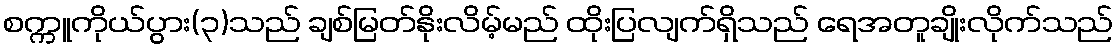
စက္ကူကိုယ်ပွား(၃)သည် ချစ်မြတ်နိုးလိမ့်မည် ထိုးပြလျက်ရှိသည် ရေအတူချိုးလိုက်သည်